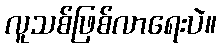
လူသစ်ဖြစ်လာရေးပဲ။